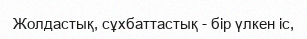
Жолдастық, сұхбаттастық - бір үлкен іс,